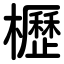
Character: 櫪